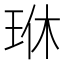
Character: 𪻜